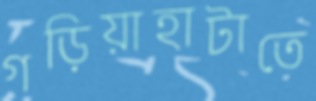
গড়িয়াহাটাতে